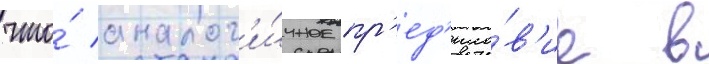
что́ аналог'и́чное пр'ед'исло́в'ие в